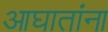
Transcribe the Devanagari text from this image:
आघातांना